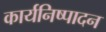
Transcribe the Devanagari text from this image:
कार्यनिष्‍पादन